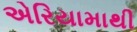
એરિયામાથી